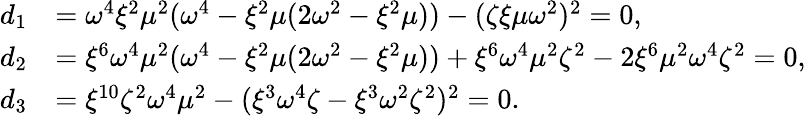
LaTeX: \begin{array}{rl}{d_{1}}&{=\omega^{4}\xi^{2}\mu^{2}(\omega^{4}-\xi^{2}\mu(2\omega^{2}-\xi^{2}\mu))-(\zeta\xi\mu\omega^{2})^{2}=0,}\\ {d_{2}}&{=\xi^{6}\omega^{4}\mu^{2}(\omega^{4}-\xi^{2}\mu(2\omega^{2}-\xi^{2}\mu))+\xi^{6}\omega^{4}\mu^{2}\zeta^{2}-2\xi^{6}\mu^{2}\omega^{4}\zeta^{2}=0,}\\ {d_{3}}&{=\xi^{10}\zeta^{2}\omega^{4}\mu^{2}-(\xi^{3}\omega^{4}\zeta-\xi^{3}\omega^{2}\zeta^{2})^{2}=0.}\end{array}